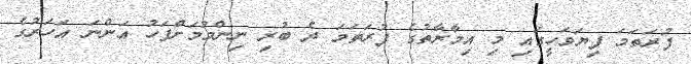
ފުރަތަމަ ފިޔަވަހީގައި މި އިމާރާތުގެ ފުރަތަމަ ދެ ބުރި ނިންމުމަށްފަހު އަންނަ އަހަރުގެ